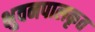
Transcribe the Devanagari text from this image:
भुवनपालकृत